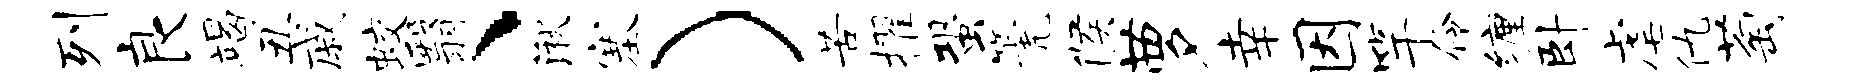
列良竭丑戚蛟翳、湫塞）苦擢蛩篪候萝幸因竿伶缠卧虐仇萄